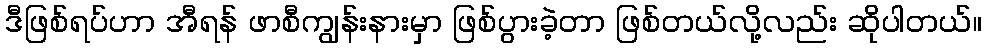
ဒီဖြစ်ရပ်ဟာ အီရန် ဖာစီကျွန်းနားမှာ ဖြစ်ပွားခဲ့တာ ဖြစ်တယ်လို့လည်း ဆိုပါတယ်။